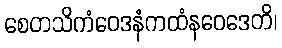
စေတသိကံဝေဒနံကထံနဝေဒေတိ၊